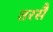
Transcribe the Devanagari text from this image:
तरसै